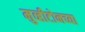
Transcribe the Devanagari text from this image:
मुव्हीटोनच्या